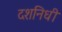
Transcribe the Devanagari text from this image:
दशनिधी